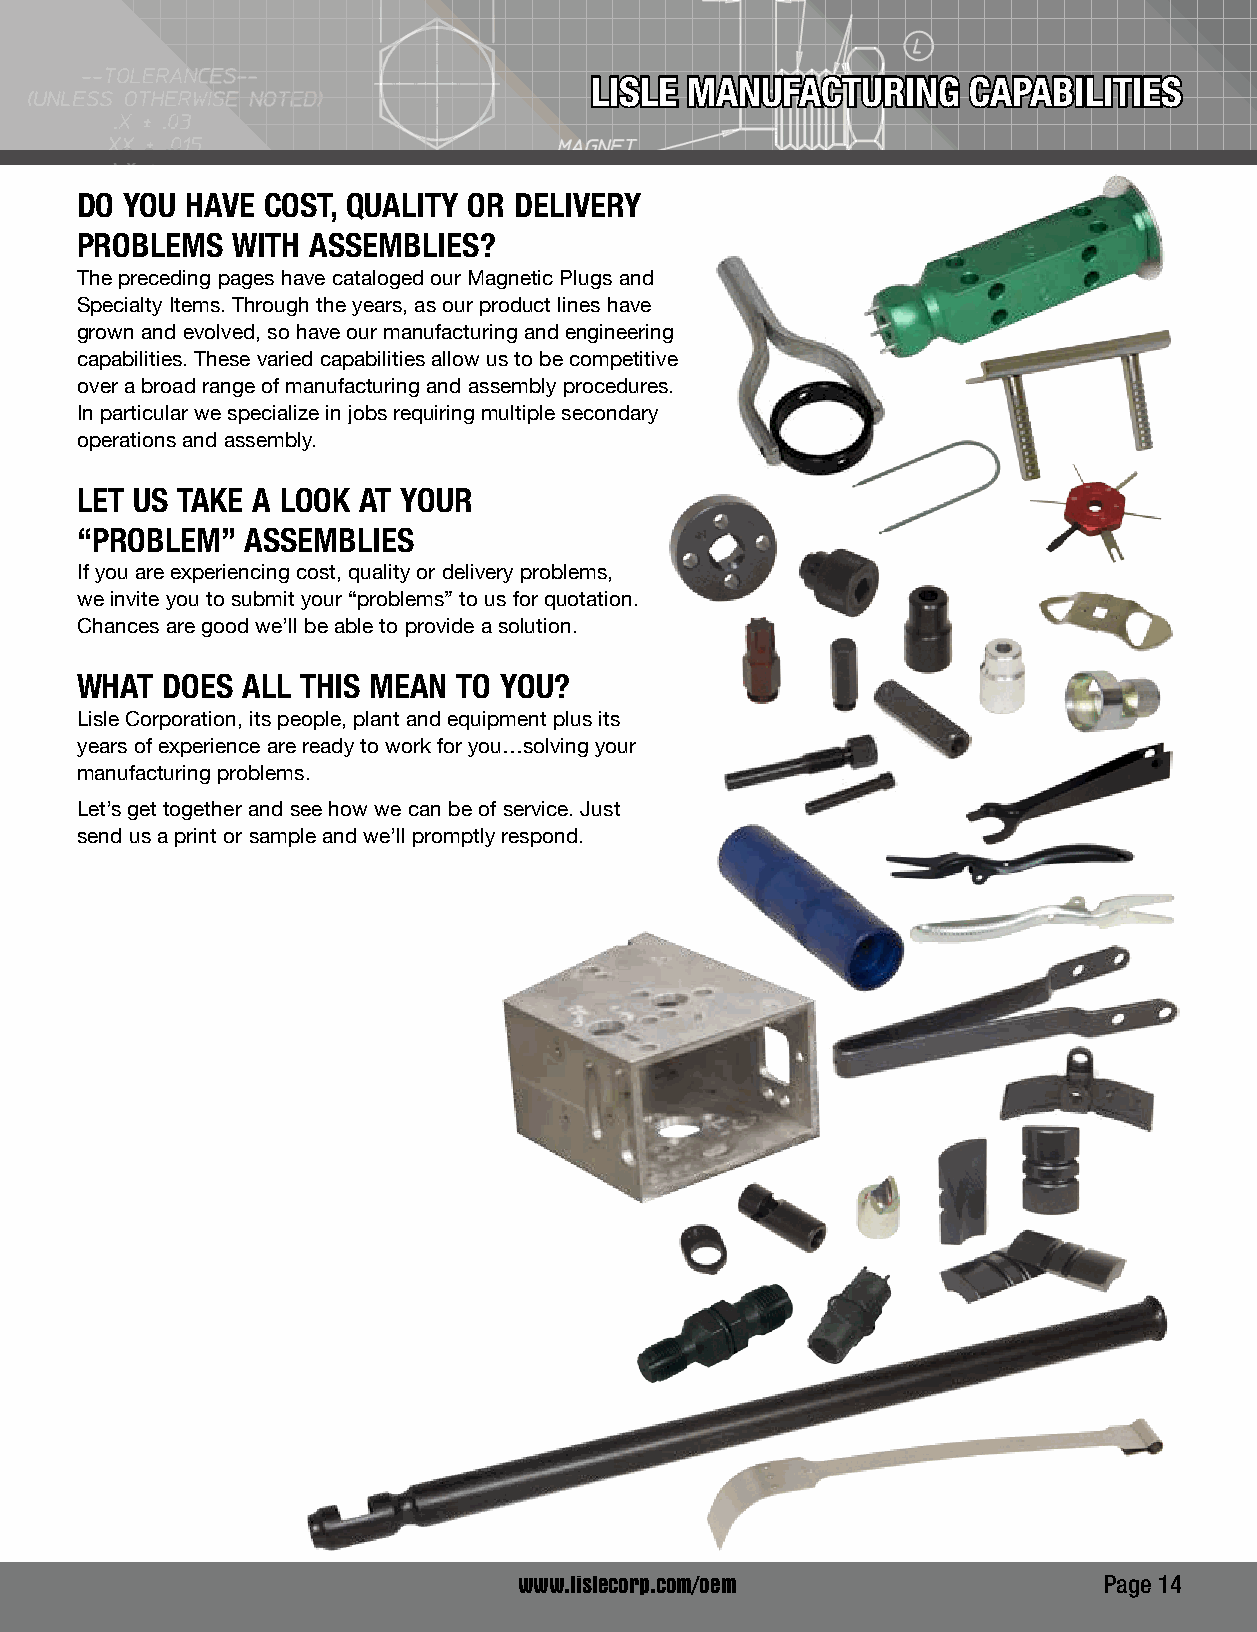
LISLE MANUFACTURING      CAPABILITIES
 O.E.M.
 DO YOU HAVE  COST, QUALITY OR DELIVERY
 DIVISION
 PROBLEMS  WITH ASSEMBLIES?
 The preceding pages have cataloged our Magnetic Plugs and
 Specialty Items. Through the years, as our product lines have
 grown and evolved, so have our manufacturing and engineering
 capabilities. These varied capabilities allow us to be competitive
 over a broad range of manufacturing and assembly procedures.
 In particular we specialize in jobs requiring multiple secondary
 operations and assembly.
 LET US TAKE A LOOK AT YOUR
 “PROBLEM”  ASSEMBLIES
 If you are experiencing cost, quality or delivery problems,
 we invite you to submit your “problems” to us for quotation.
 Chances are good we’ll be able to provide a solution.
 WHAT  DOES ALL THIS MEAN TO YOU?
 Lisle Corporation, its people, plant and equipment plus its
 years of experience are ready to work for you…solving your
 manufacturing problems.
 Let’s get together and see how we can be of service. Just
 send us a print or sample and we’ll promptly respond.
 www.lislecorp.com/oem                  Page 14